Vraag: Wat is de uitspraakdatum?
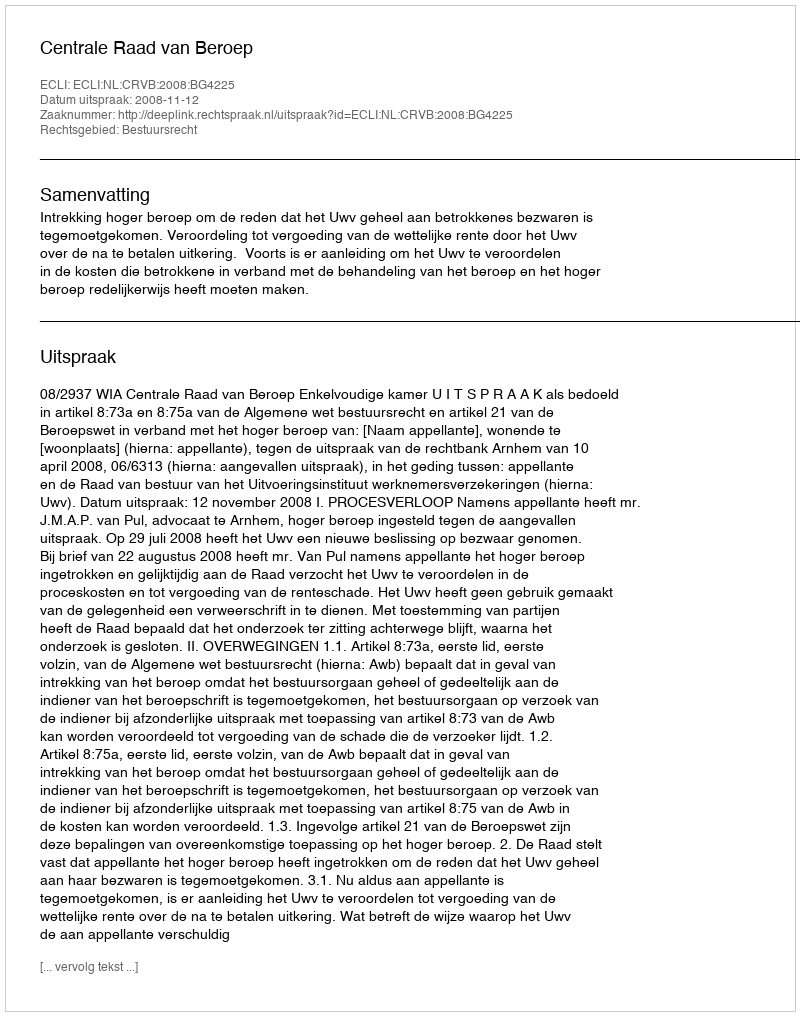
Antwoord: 2008-11-12